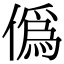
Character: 僞